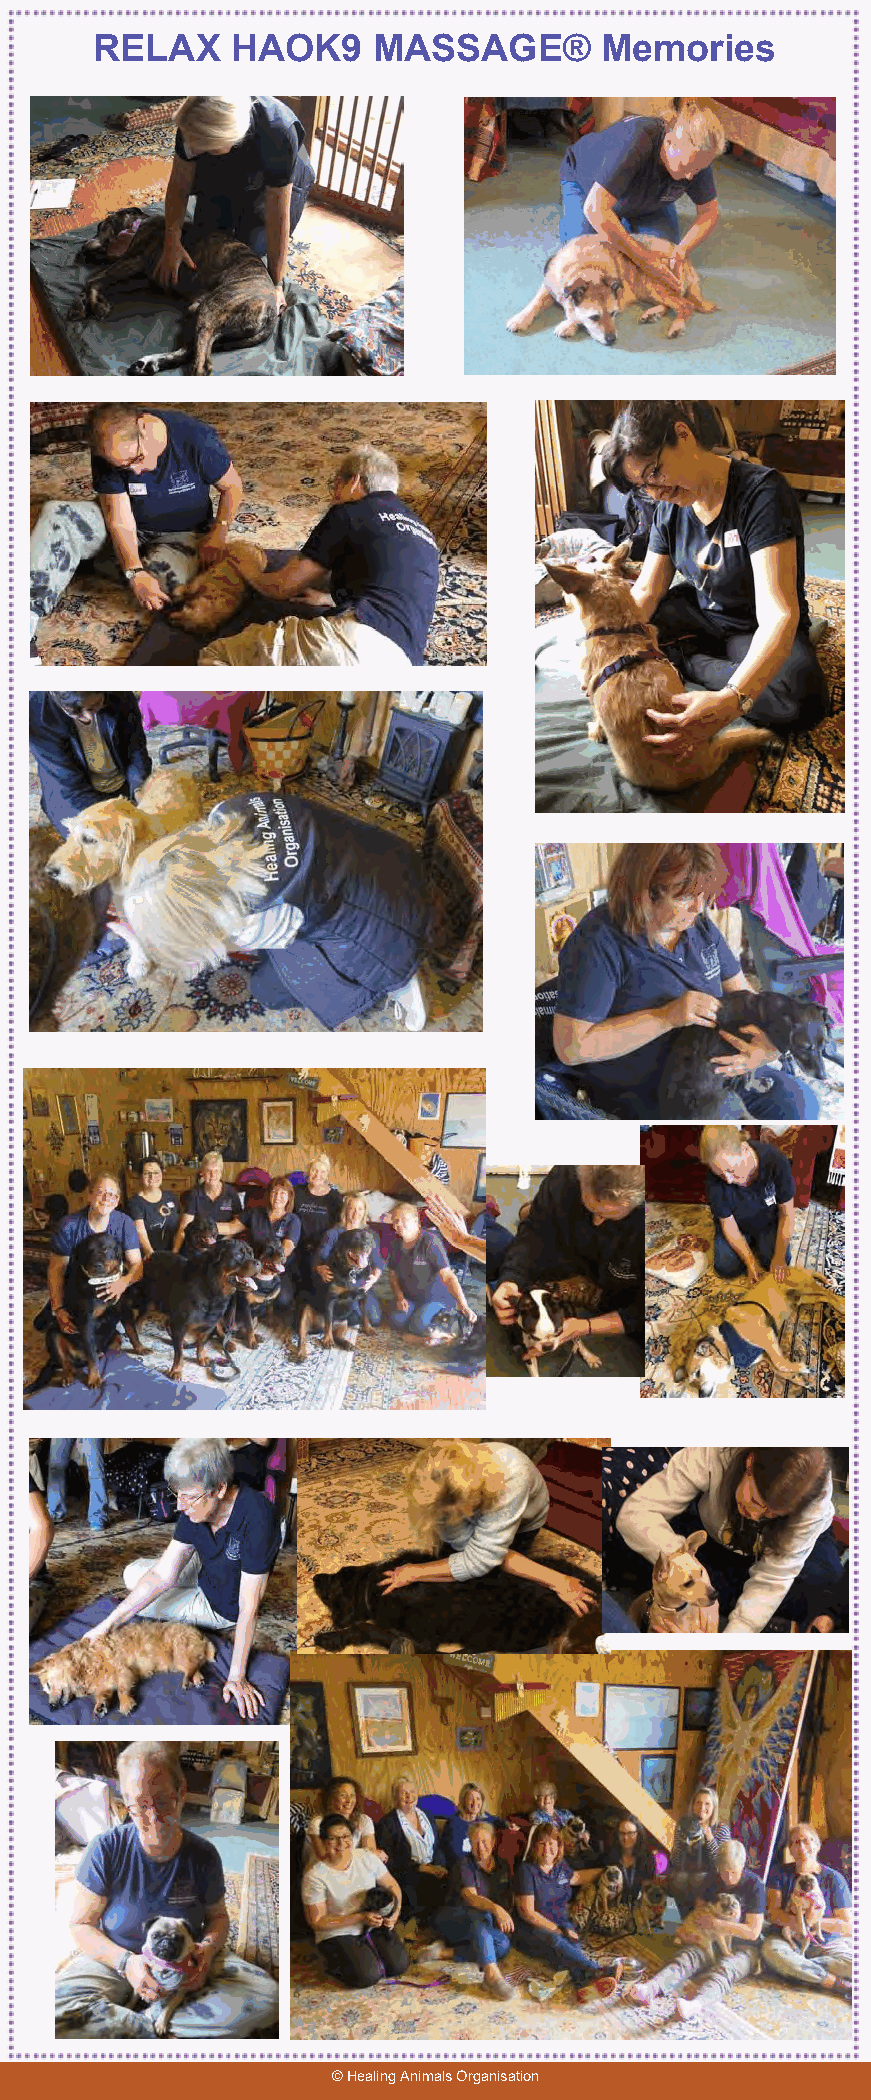
RELAX    HAOK9     MASSAGE®       Memories
 © Healing Animals Organisation